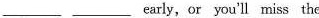
___ ___ early, or you'll miss the